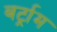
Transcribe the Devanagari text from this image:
बर्ट्राम